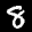
Label: 8